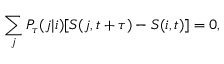
\sum _ { j } P _ { \tau } ( j | i ) [ S ( j , t + \tau ) - S ( i , t ) ] = 0 ,